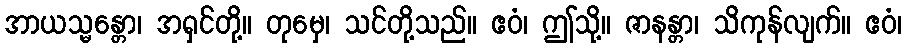
အာယသ္မန္တော၊ အရှင်တို့။ တုမှေ၊ သင်တို့သည်။ ဧဝံ၊ ဤသို့။ ဇာနန္တာ၊ သိကုန်လျက်။ ဧဝံ၊